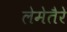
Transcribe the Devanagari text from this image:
लेमेतैरे